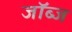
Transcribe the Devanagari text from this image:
जॉब्ज